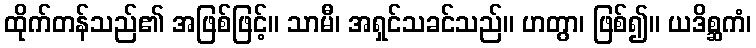
ထိုက်တန်သည်၏ အဖြစ်ဖြင့်။ သာမီ၊ အရှင်သခင်သည်။ ဟတွာ၊ ဖြစ်၍။ ယဒိစ္ဆကံ၊